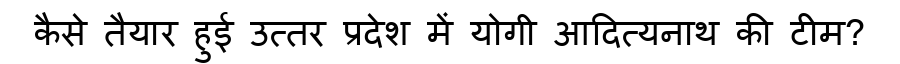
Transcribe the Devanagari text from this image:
कैसे तैयार हुई उत्तर प्रदेश में योगी आदित्यनाथ की टीम?